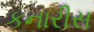
કનારીસ